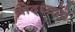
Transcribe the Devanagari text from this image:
योद्ध्यांचे